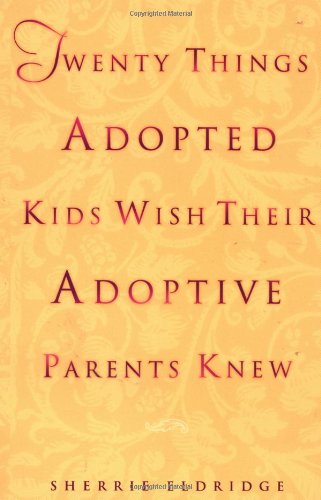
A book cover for Twenty Things Adopted Kids Wish Their Adoptive Parents Knew; Sherrie Eldridge; Parenting & Relationships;